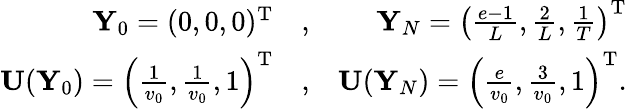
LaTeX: \begin{array}{rlr}{{\mathbf Y}_{0}=(0,0,0)^{{\mathrm T}}}&{{},}&{{\mathbf Y}_{N}=\left(\frac{e-1}{L},\frac{2}{L},\frac{1}{T}\right)^{{\mathrm T}}}\\ {{\mathbf U}({\mathbf Y}_{0})=\left(\frac{1}{v_{0}},\frac{1}{v_{0}},1\right)^{{\mathrm T}}}&{{},}&{{\mathbf U}({\mathbf Y}_{N})=\left(\frac{e}{v_{0}},\frac{3}{v_{0}},1\right)^{{\mathrm T}}.}\end{array}